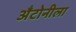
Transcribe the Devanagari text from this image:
अँटोनीला